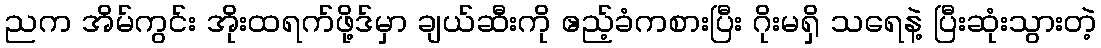
ညက အိမ်ကွင်း အိုးထရက်ဖို့ဒ်မှာ ချယ်ဆီးကို ဧည့်ခံကစားပြီး ဂိုးမရှိ သရေနဲ့ ပြီးဆုံးသွားတဲ့